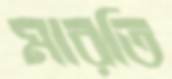
মারতি